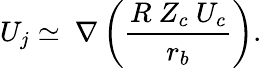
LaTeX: U_{j}\simeq~\nabla\left(\frac{R~Z_{c}~{U_{c}}}{r_{b}}\right).